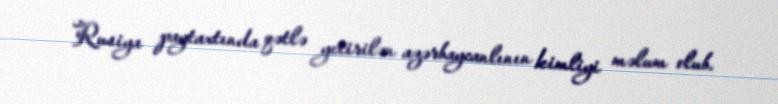
Rusiya paytaxtında qətlə yetirilən azərbaycanlının kimliyi məlum olub.